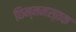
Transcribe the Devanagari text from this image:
छिन्नमस्तक